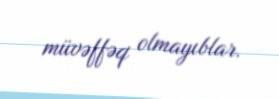
müvəffəq olmayıblar.